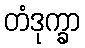
တံဒုက္ခာ